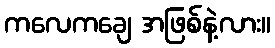
ကလေကချေ အဖြစ်နဲ့လား။